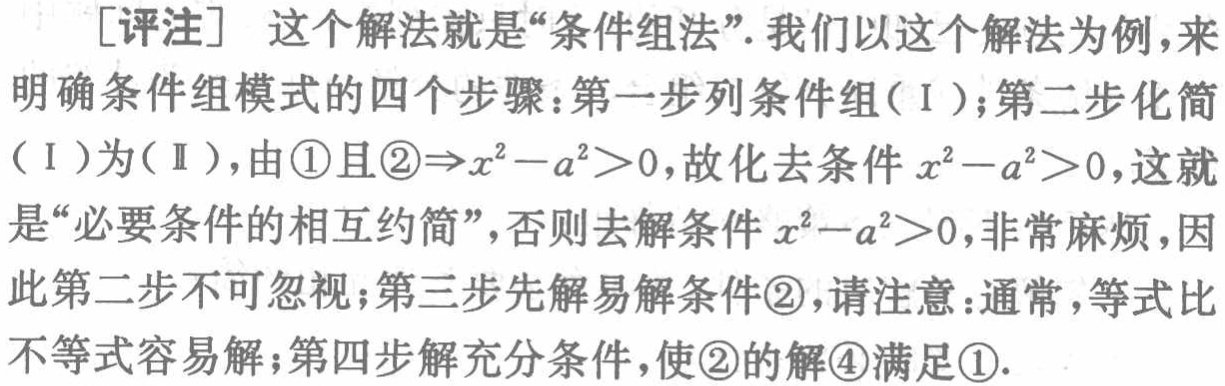
[评注] 这个解法就是“条件组法”. 我们以这个解法为例,来明确条件组模式的四个步骤：第一步列条件组（I）；第二步化简（I）为（II）,由\textcircled{1}且\textcircled{2}$\Rightarrow x^{2}-a^{2}>0$,故化去条件$x^{2}-a^{2}>0$,这就是“必要条件的相互约简”,否则去解条件$x^{2}-a^{2}>0$,非常麻烦,因此第二步不可忽视；第三步先解易解条件\textcircled{2},请注意：通常,等式比不等式容易解；第四步解充分条件,使\textcircled{2}的解\textcircled{4}满足\textcircled{1}.